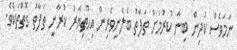
ނަމަވެސް ކުދިން ބިނާ ކުރުމަށް ތަފާތު ބެލެނިވެރިން އިހުތިޔާރު ކުރާނީ ތަފާތު ގޮތްތަކެވެ.